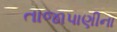
તાજાપાણીના